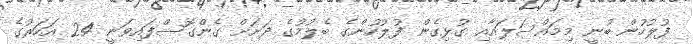
ފުލުހުން ބުނީ މިމައްސަލައާއި ގުޅިގެން ފުލުހުންގެ ބެލުމުގެ ދަށަށް ގެންގޮސްފައިވަނީ 24 އަހަރުގެ